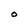
Character: O